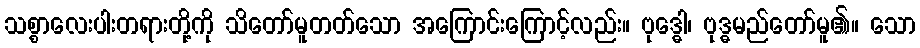
သစ္စာလေးပါးတရားတို့ကို သိတော်မူတတ်သော အကြောင်းကြောင့်လည်း။ ဗုဒ္ဓေါ၊ ဗုဒ္ဓမည်တော်မူ၏။ သော